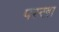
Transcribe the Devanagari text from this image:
पस्खा